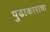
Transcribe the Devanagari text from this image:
पुढाकाराचा